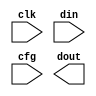
module ibf_2_1_mux 
# (
        parameter   N_NUM       = 0,    // 32 , N选1输出
                    CFG_BIT_NUM = $clog2(N_NUM),
                    DATA_WIDTH  = 0     // 4096
    )
(
    input  wire                                             clk,
    // input  wire                                             rst,
    input  wire [DATA_WIDTH-1:0]                            din, 
    input  wire [$clog2(N_NUM)*(DATA_WIDTH/N_NUM)-1:0]      cfg,           
    output reg  [DATA_WIDTH/N_NUM-1:0]                      dout
);

localparam MUX_NUM = DATA_WIDTH/N_NUM ;
// localparam CFG_BIT_NUM = $clog2(N_NUM);
wire [N_NUM-1:0] data_temp [0:MUX_NUM-1] ;


genvar i,j;
generate
    for (i = 0; i<MUX_NUM; i=i+1 ) begin
        for (j = 0; j<N_NUM;j=j+1 ) begin
            assign data_temp[i][j] =  din[i+MUX_NUM*j] ;  // 错了：din[N_NUM*i+j] ;
        end
    end
endgenerate




integer m;  
always @(posedge clk) begin
    for (m = 0; m<MUX_NUM; m=m+1) begin
        dout[m] <= data_temp[m][cfg[CFG_BIT_NUM*m +: CFG_BIT_NUM]];
    end
end




endmodule